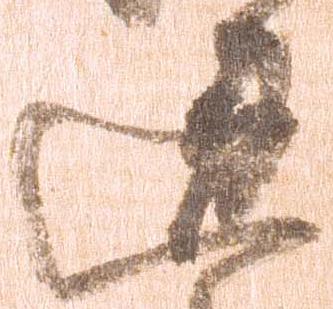
違